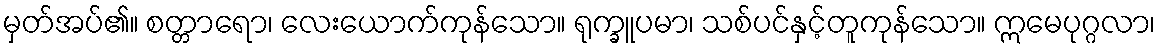
မှတ်အပ်၏။ စတ္တာရော၊ လေးယောက်ကုန်သော။ ရုက္ခူပမာ၊ သစ်ပင်နှင့်တူကုန်သော။ ဣမေပုဂ္ဂလာ၊